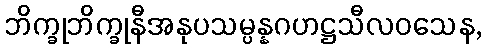
ဘိက္ခုဘိက္ခုနီအနုပသမ္ပန္နဂဟဋ္ဌသီလဝသေန,